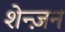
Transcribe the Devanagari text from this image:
शेन्ज़न